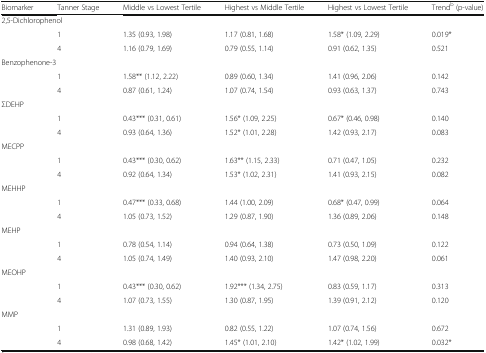
<table><thead><tr><td><b>Biomarker</b></td><td><b>Tanner Stage</b></td><td><b>Middle vs Lowest Tertile</b></td><td><b>Highest vs Middle Tertile</b></td><td><b>Highest vs Lowest Tertile</b></td><td><b>Trend<sup>b</sup> (p-value)</b></td></tr></thead><tbody><tr><td colspan="6">2,5-Dichlorophenol</td></tr><tr><td rowspan="2"></td><td>1</td><td>1.35 (0.93, 1.98)</td><td>1.17 (0.81, 1.68)</td><td>1.58* (1.09, 2.29)</td><td>0.019*</td></tr><tr><td>4</td><td>1.16 (0.79, 1.69)</td><td>0.79 (0.55, 1.14)</td><td>0.91 (0.62, 1.35)</td><td>0.521</td></tr><tr><td colspan="6">Benzophenone-3</td></tr><tr><td rowspan="2"></td><td>1</td><td>1.58** (1.12, 2.22)</td><td>0.89 (0.60, 1.34)</td><td>1.41 (0.96, 2.06)</td><td>0.142</td></tr><tr><td>4</td><td>0.87 (0.61, 1.24)</td><td>1.07 (0.74, 1.54)</td><td>0.93 (0.63, 1.37)</td><td>0.743</td></tr><tr><td colspan="6">ΣDEHP</td></tr><tr><td rowspan="2"></td><td>1</td><td>0.43*** (0.31, 0.61)</td><td>1.56* (1.09, 2.25)</td><td>0.67* (0.46, 0.98)</td><td>0.140</td></tr><tr><td>4</td><td>0.93 (0.64, 1.36)</td><td>1.52* (1.01, 2.28)</td><td>1.42 (0.93, 2.17)</td><td>0.083</td></tr><tr><td colspan="6">MECPP</td></tr><tr><td rowspan="2"></td><td>1</td><td>0.43*** (0.30, 0.62)</td><td>1.63** (1.15, 2.33)</td><td>0.71 (0.47, 1.05)</td><td>0.232</td></tr><tr><td>4</td><td>0.92 (0.64, 1.34)</td><td>1.53* (1.02, 2.31)</td><td>1.41 (0.93, 2.15)</td><td>0.082</td></tr><tr><td colspan="6">MEHHP</td></tr><tr><td rowspan="2"></td><td>1</td><td>0.47*** (0.33, 0.68)</td><td>1.44 (1.00, 2.09)</td><td>0.68* (0.47, 0.99)</td><td>0.064</td></tr><tr><td>4</td><td>1.05 (0.73, 1.52)</td><td>1.29 (0.87, 1.90)</td><td>1.36 (0.89, 2.06)</td><td>0.148</td></tr><tr><td colspan="6">MEHP</td></tr><tr><td rowspan="2"></td><td>1</td><td>0.78 (0.54, 1.14)</td><td>0.94 (0.64, 1.38)</td><td>0.73 (0.50, 1.09)</td><td>0.122</td></tr><tr><td>4</td><td>1.05 (0.74, 1.49)</td><td>1.40 (0.93, 2.10)</td><td>1.47 (0.98, 2.20)</td><td>0.061</td></tr><tr><td colspan="6">MEOHP</td></tr><tr><td rowspan="2"></td><td>1</td><td>0.43*** (0.30, 0.62)</td><td>1.92*** (1.34, 2.75)</td><td>0.83 (0.59, 1.17)</td><td>0.313</td></tr><tr><td>4</td><td>1.07 (0.73, 1.55)</td><td>1.30 (0.87, 1.95)</td><td>1.39 (0.91, 2.12)</td><td>0.120</td></tr><tr><td colspan="6">MMP</td></tr><tr><td rowspan="2"></td><td>1</td><td>1.31 (0.89, 1.93)</td><td>0.82 (0.55, 1.22)</td><td>1.07 (0.74, 1.56)</td><td>0.672</td></tr><tr><td>4</td><td>0.98 (0.68, 1.42)</td><td>1.45* (1.01, 2.10)</td><td>1.42* (1.02, 1.99)</td><td>0.032*</td></tr></tbody></table>